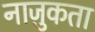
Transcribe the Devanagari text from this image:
नाज़ुकता